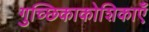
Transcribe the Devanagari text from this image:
गुच्छिकाकोशिकाएँ